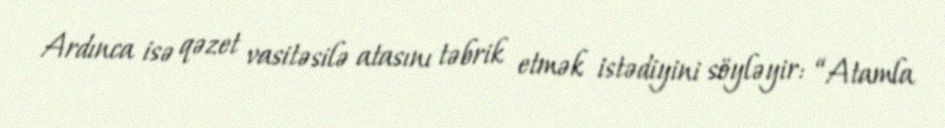
Ardınca isə qəzet vasitəsilə atasını təbrik etmək istədiyini söyləyir: “Atamla